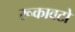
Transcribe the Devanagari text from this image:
रूकावटो